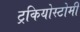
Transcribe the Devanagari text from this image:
ट्रकियोस्टोमी